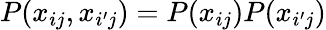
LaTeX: P(x_{ij},x_{i^{\prime}j})=P(x_{ij})P(x_{i^{\prime}j})